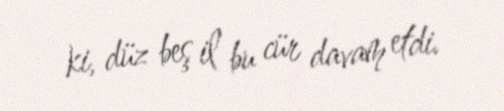
ki, düz beş il bu cür davam etdi.